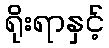
ရိုးရာနှင့်